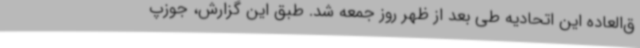
ق‌العاده این اتحادیه طی بعد از ظهر روز جمعه شد. طبق این گزارش، جوزپ